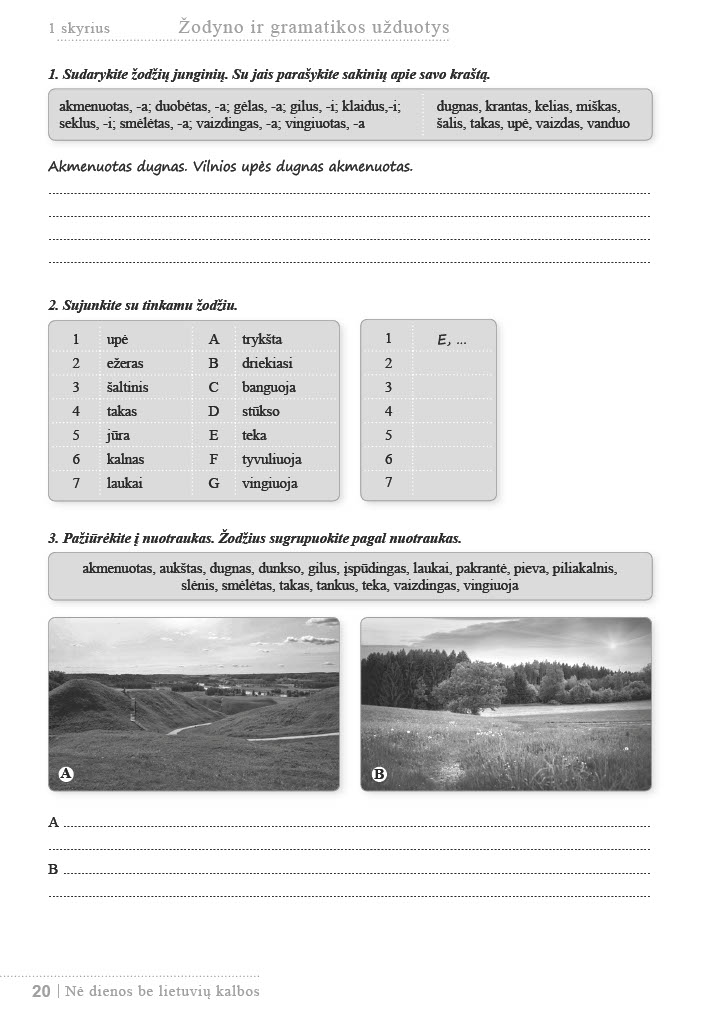
Language: lt